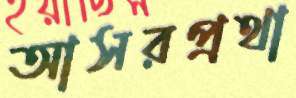
আসরপ্রথা